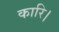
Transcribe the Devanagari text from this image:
कारि।